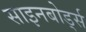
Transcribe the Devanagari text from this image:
साइनबोर्ड्स